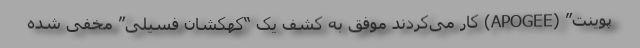
پوینت” (APOGEE) کار می‌کردند موفق به کشف یک “کهکشان فسیلی” مخفی شده